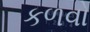
કળવો